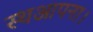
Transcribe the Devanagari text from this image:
स्थआपना।